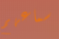
سماعهم